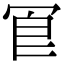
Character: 冟